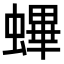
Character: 𧏻